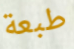
طبعة